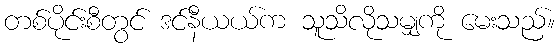
တစ်ပိုင်းစီတွင် ဒင်နီယယ်က သူသိလိုသမျှကို မေးသည်။